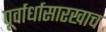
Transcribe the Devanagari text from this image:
पूर्वार्धासारखाच